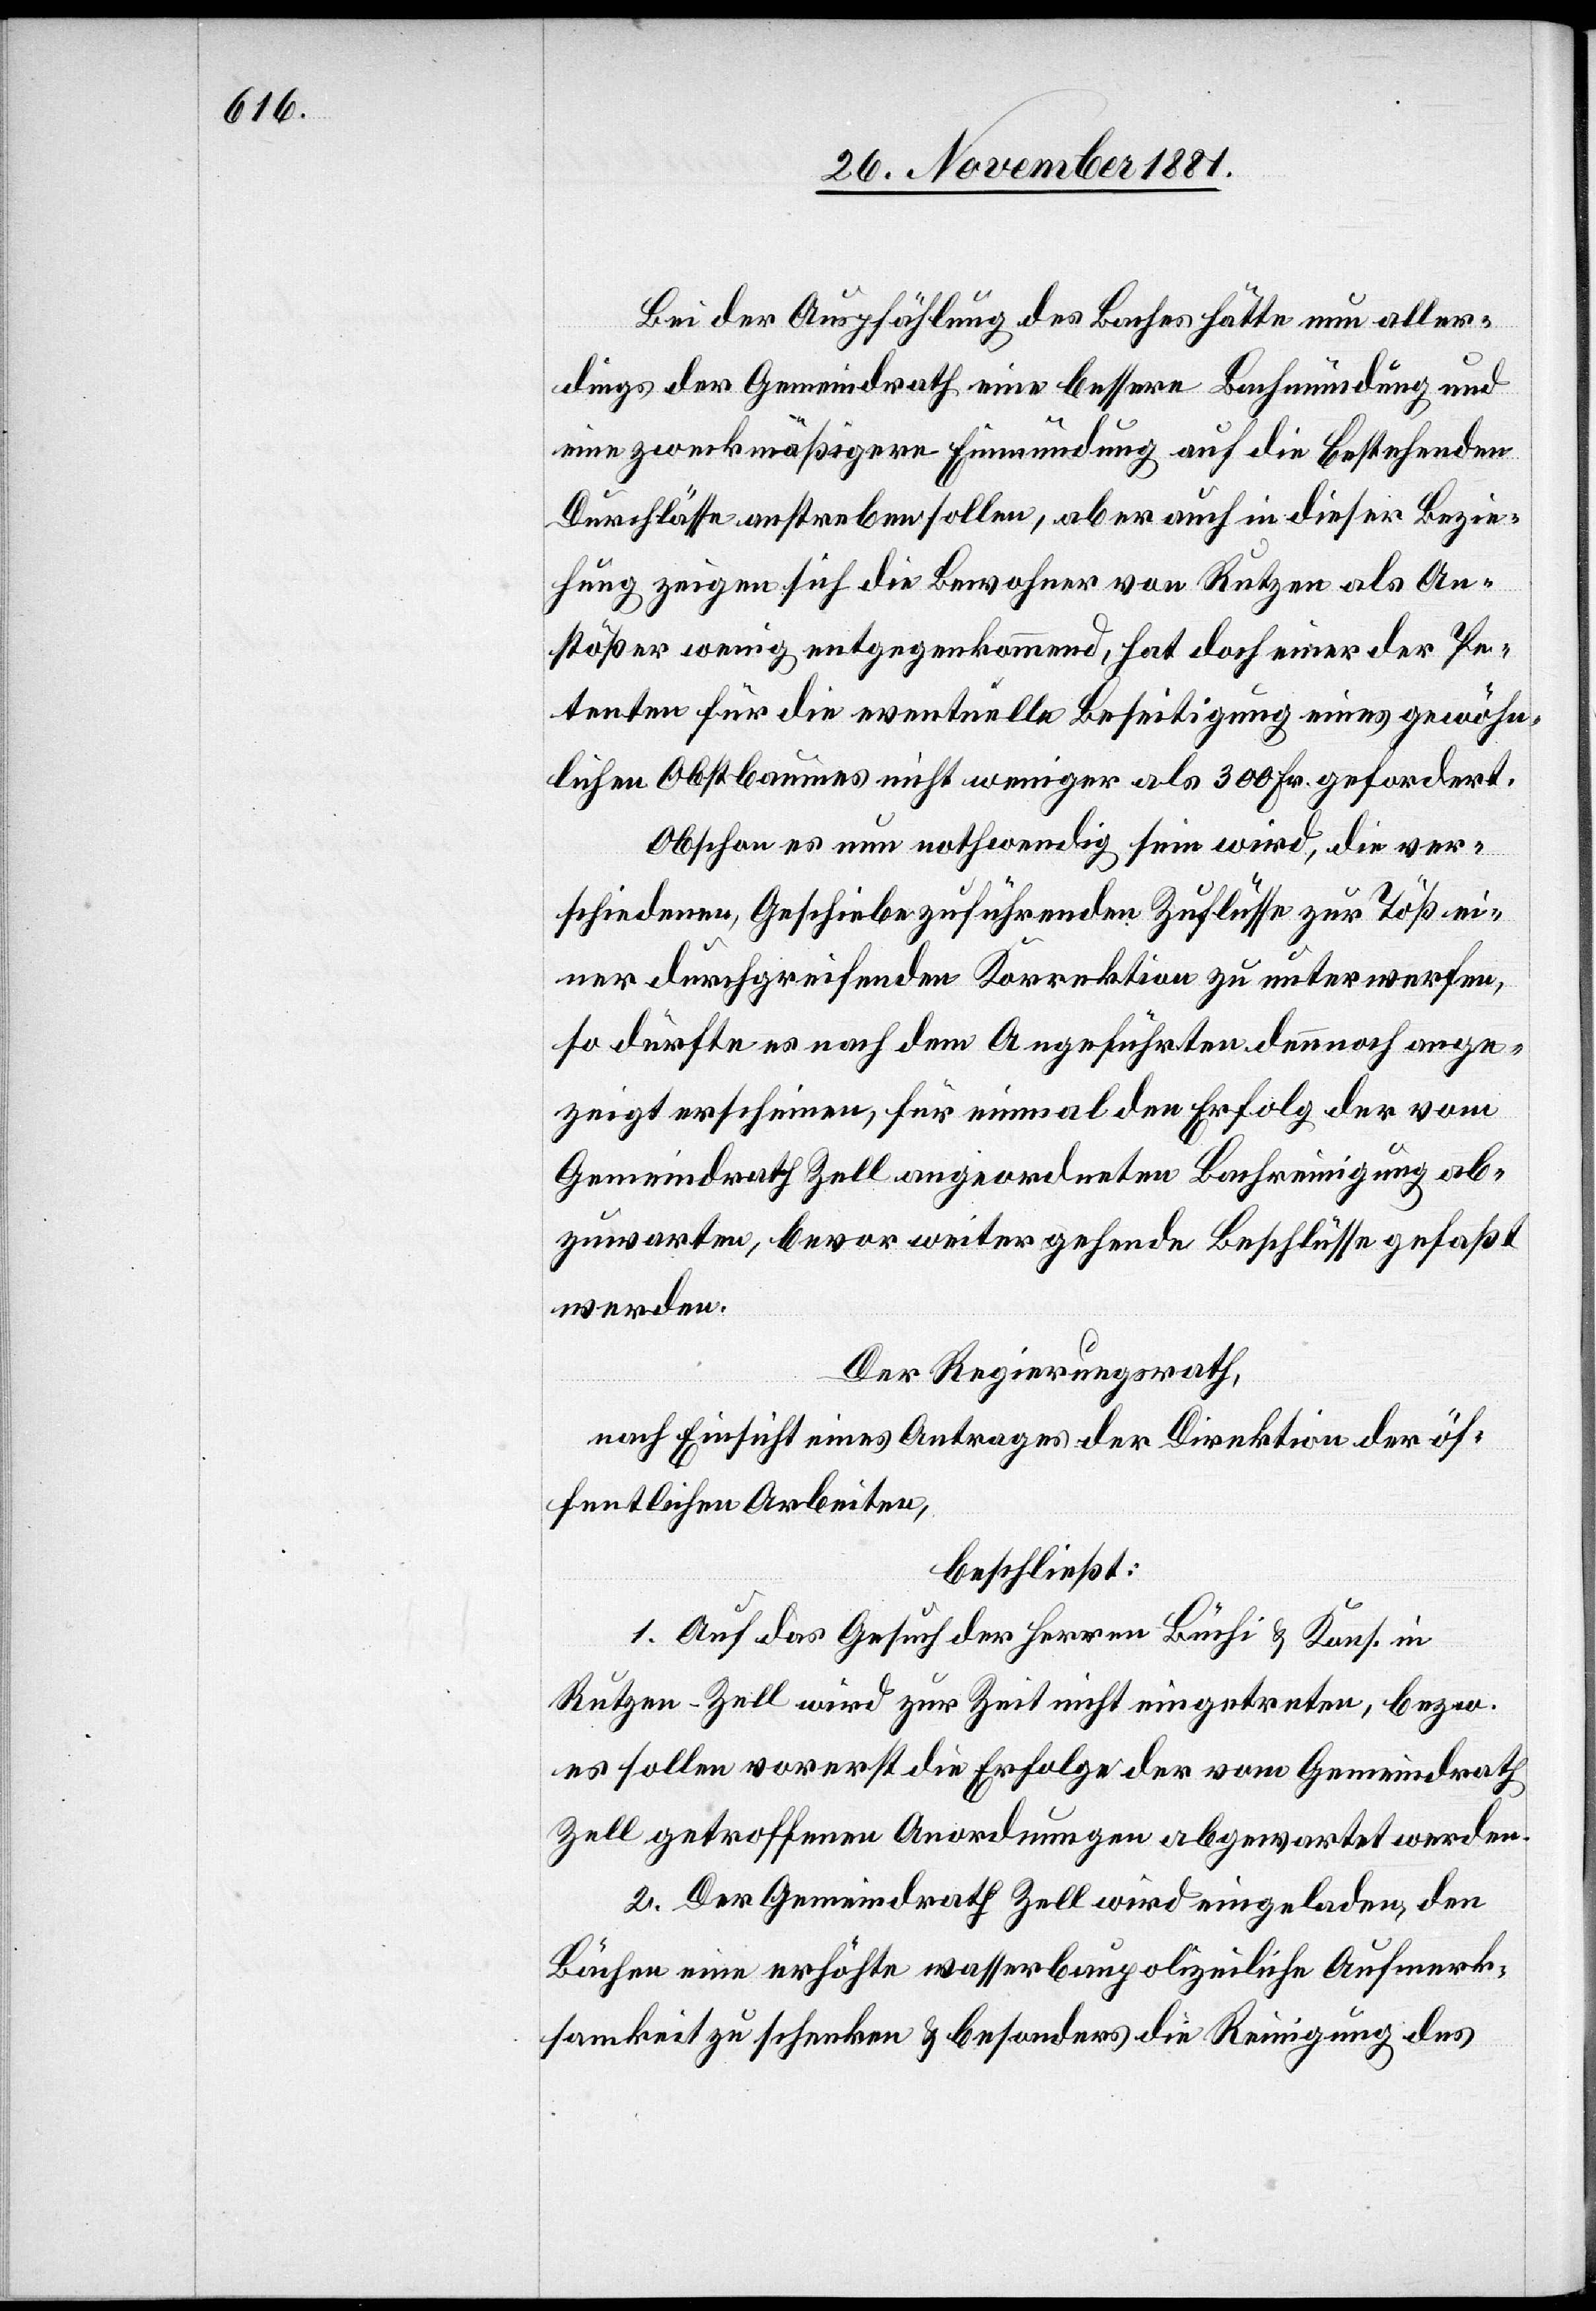
Bei der Auspfählung des Baches hätte neu aller¬
dings der Gemeindrath eine bessere Bachmündung und
eine zweckmäßigere Einmündung auf die bestehenden
Durchlässe anstreben sollen, aber auch in dieser Bezie¬
hung zeigen sich die Bewohner von Rutzen als An¬
stößer wenig entgegenkommend, hat doch einer der Pe¬
tenten für die eventuelle Beseitigung eines gewöhn¬
lichen Obstbaumes nicht weniger als 300 Fr. gefordert.
Obschon es nun nothwendig sein wird, die ver¬
schiedenen, Geschiebe zuführenden Zuflüsse zur Töß ei¬
ner durchgreifenden Korrektion zu unterwerfen,
so dürfte es nach dem Angeführten dennnoch
angezeigt erscheinen, für einmal den Erfolg der vom
Gemeindrath Zell angeordneten Bachreinigung ab¬
zuwarten, bevor weitergehende Beschlüsse gefaßt
werden.
Der Regierungsrath,
nach Einsicht eines Antrages der Direktion der öf¬
fentlichen Arbeiten,
beschließt:
1. Auf das Gesuch der Herren Büchi & Kons. in
Rutzen - Zell wird zur Zeit nicht eingetreten, bezw.
es sollen vorerst die Erfolge der vom Gemeindrath
Zell getroffenen Anordnungen abgewartet werden.
2. Der Gemeindrath Zell wird eingeladen, den
Bächen eine erhöhte wasserbaupolizeiliche Aufmerk¬
samkeit zu schenken & besonders die Reinigung des